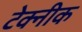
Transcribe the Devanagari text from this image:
टेक्नीक